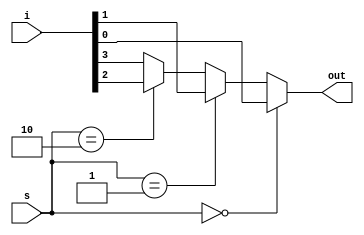
module mux(i,s,out);
input [3:0]i;
input [1:0]s;
output reg out;

always @(i,s)
	begin
		if(s==2'b00)
		begin
			out=i[0];
		end

		else if(s==2'b01)
		begin
			out=i[1];
		end

		else if(s==2'b10)
		begin
			out=i[2];
		end

		else
		begin
			out=i[3];
		end
	end
endmodule